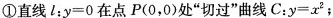
①直线l：y=0在点P(0，0)处”切过”曲线C：y=x^{2}；